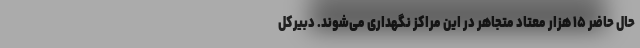
حال حاضر ۱۵ هزار معتاد متجاهر در این مراکز نگهداری می‌شوند. دبیرکل